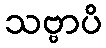
သဗ္ဗာပိ